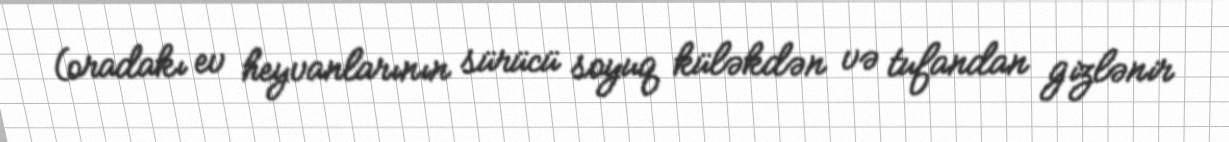
(oradakı ev heyvanlarının sürücü soyuq küləkdən və tufandan gizlənir